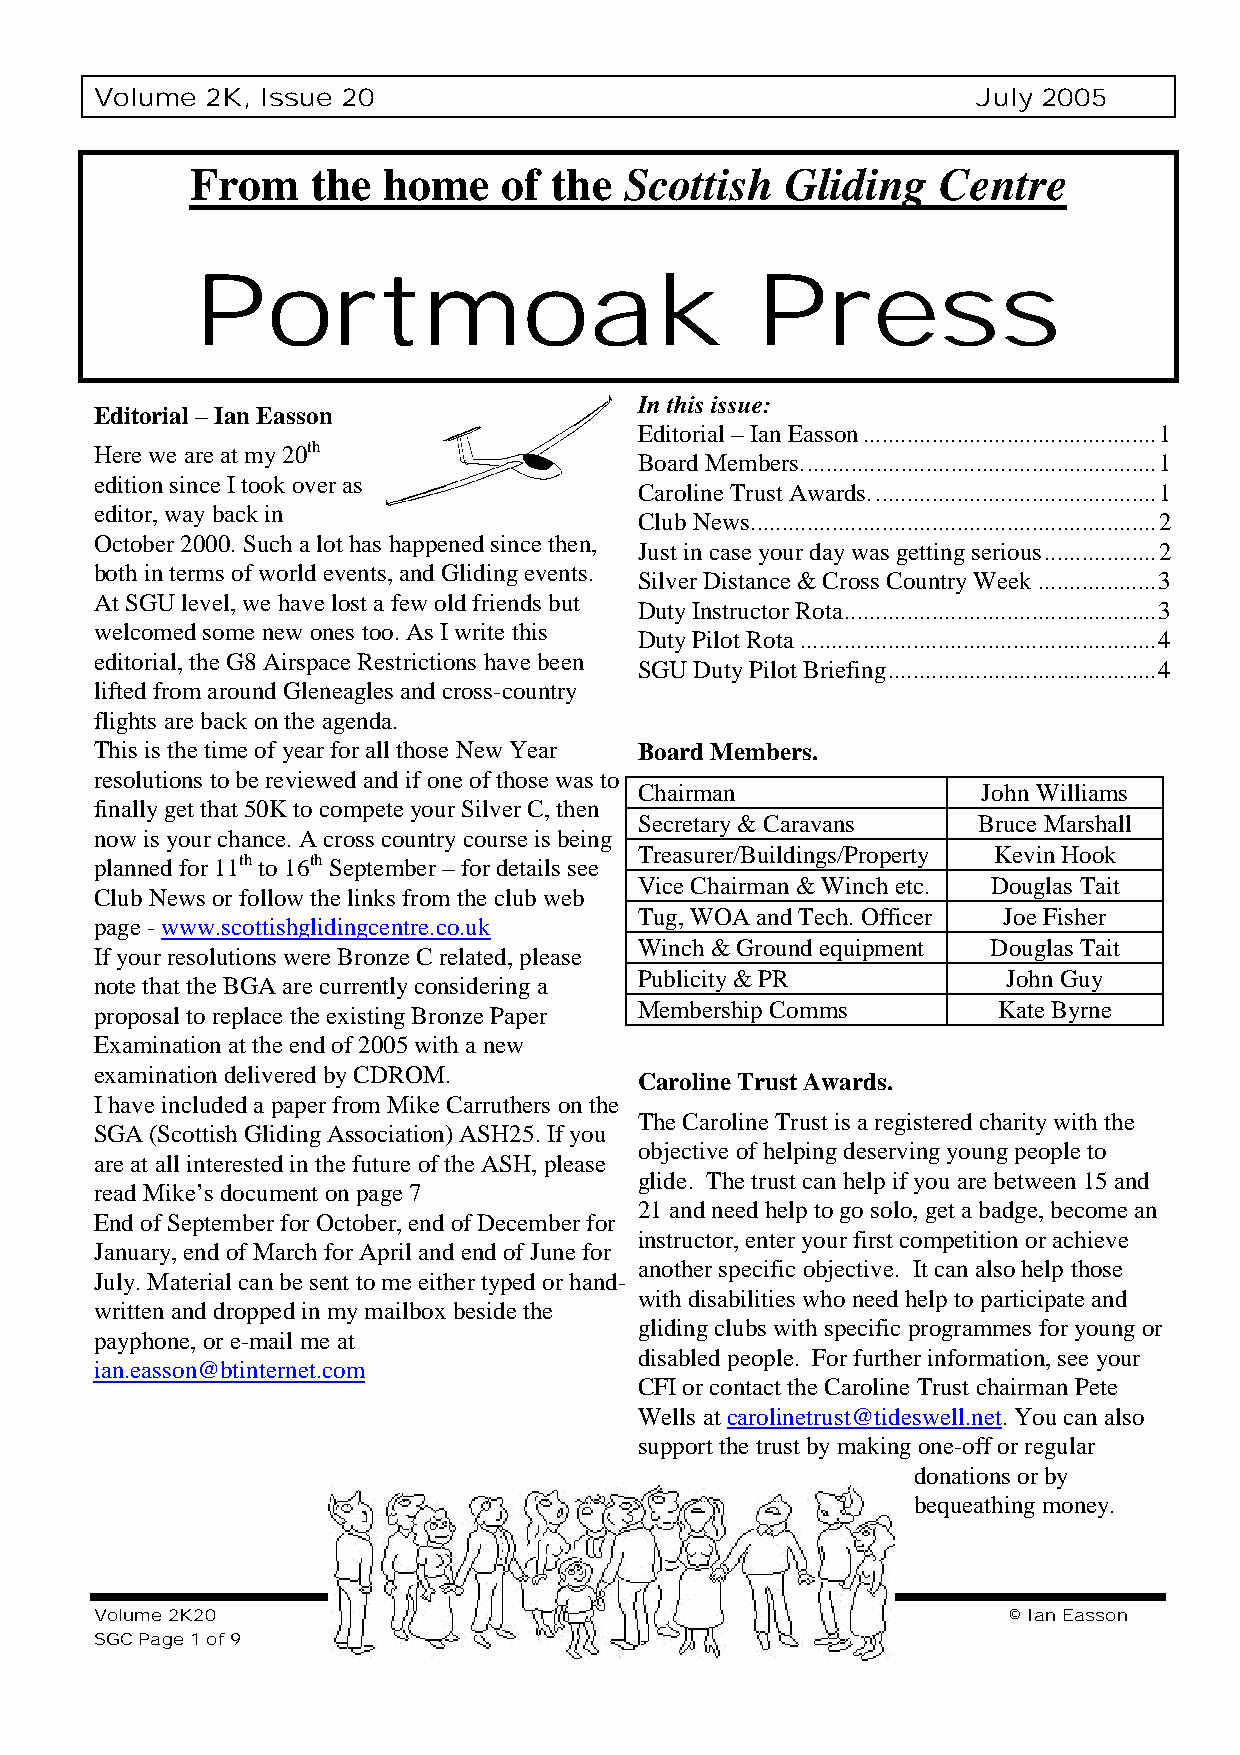
Volume  2K, Issue 20                                       July 2005
 From    the home    of the  Scottish   Gliding   Centre
 Portmoak                             Press
 In this issue:
 Editorial – Ian Easson
 Editorial – Ian Easson...............................................1
 Here we are at my 20th
 Board Members.........................................................1
 edition since I took over as
 Caroline Trust Awards..............................................1
 editor, way back in
 Club News.................................................................2
 October 2000. Such a lot has happened since then,
 Just in case your day was getting serious..................2
 both in terms of world events, and Gliding events.
 Silver Distance & Cross Country Week...................3
 At SGU level, we have lost a few old friends but
 Duty Instructor Rota..................................................3
 welcomed some new ones too. As I write this
 Duty Pilot Rota.........................................................4
 editorial, the G8 Airspace Restrictions have been
 SGU Duty Pilot Briefing...........................................4
 lifted from around Gleneagles and cross-country
 flights are back on the agenda.
 This is the time of year for all those New Year Board Members.
 resolutions to be reviewed and if one of those was to
 Chairman               John Williams
 finally get that 50K to compete your Silver C, then
 Secretary & Caravans   Bruce Marshall
 now is your chance. A cross country course is being
 Treasurer/Buildings/Property Kevin Hook
 planned for 11th to 16th September – for details see
 Vice Chairman & Winch etc. Douglas Tait
 Club News or follow the links from the club web
 Tug, WOA and Tech. Officer Joe Fisher
 page - www.scottishglidingcentre.co.uk
 Winch & Ground equipment Douglas Tait
 If your resolutions were Bronze C related, please
 Publicity & PR           John Guy
 note that the BGA are currently considering a
 proposal to replace the existing Bronze Paper Membership Comms Kate Byrne
 Examination at the end of 2005 with a new
 examination delivered by CDROM.
 Caroline Trust Awards.
 I have included a paper from Mike Carruthers on the
 The Caroline Trust is a registered charity with the
 SGA (Scottish Gliding Association) ASH25. If you
 objective of helping deserving young people to
 are at all interested in the future of the ASH, please
 glide. The trust can help if you are between 15 and
 read Mike’s document on page 7
 21 and need help to go solo, get a badge, become an
 End of September for October, end of December for
 instructor, enter your first competition or achieve
 January, end of March for April and end of June for
 another specific objective. It can also help those
 July. Material can be sent to me either typed or hand-
 with disabilities who need help to participate and
 written and dropped in my mailbox beside the
 gliding clubs with specific programmes for young or
 payphone, or e-mail me at
 disabled people. For further information, see your
 ian.easson@btinternet.com
 CFI or contact the Caroline Trust chairman Pete
 Wells at carolinetrust@tideswell.net. You can also
 support the trust by making one-off or regular
 donations or by
 bequeathing money.
 Volume 2K20                                                  © Ian Easson
 SGC Page 1 of 9